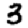
Digit: 3